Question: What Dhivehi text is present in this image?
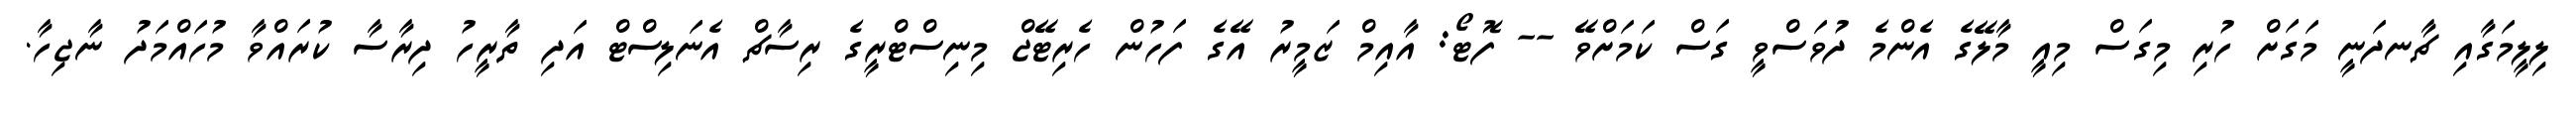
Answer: ލިލީމަގާއި ޗާނދަނީ މަގަށް ހުރި މިގަސް މިއީ މާލޭގެ އެންމެ ދުވަސްވީ ގަސް ކަމަށްވޭ -- ފޮޓޯ: އާއިމް ޒަމީރު އޭގެ ފަހުން ހެރިޓޭޖް މިނިސްޓްރީގެ ރިސާޗް އެނަލިސްޓް އަދި ތާރީހު ދިރާސާ ކުރައްވާ މުހައްމަދު ނާޖިހާ.